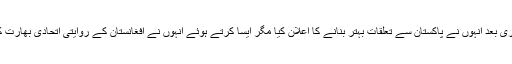
منصب سنبھالنے کے فوری بعد انہوں نے پاکستان سے تعلقات بہتر بنانے کا اعلان کیا مگر ایسا کرتے ہوئے انہوں نے افغانستان کے روایتی اتحادی بھارت کو یکسر نظر انداز کردیا۔